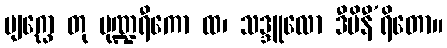
ဗျဂ္ဃော တု ပုဏ္ဍရီကော ထ၊ သဒ္ဒူလော ဒီပိနီ’ရိတော။